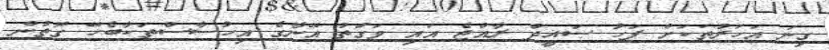
ގިނަ އަހަރުތަކަށް ފަހު ސައީދު ރާއްޖެ އައި ވަގުތު އޭނާގެ އިހުސާސްތަކާބެހޭ ގޮތުން